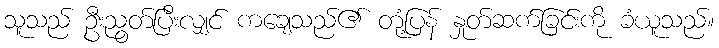
သူသည် ဦးညွတ်ပြီးလျှင် ကချေသည်၏ တုံ့ပြန် နှုတ်ဆက်ခြင်းကို ခံယူသည်။